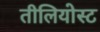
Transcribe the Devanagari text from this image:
तीलियोस्ट